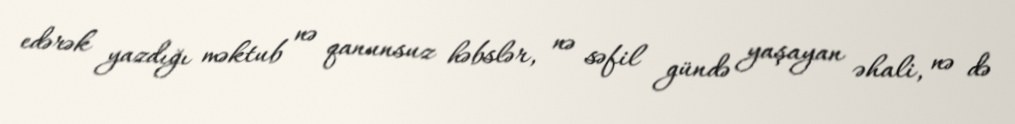
edərək yazdığı məktub nə qanunsuz həbslər, nə səfil gündə yaşayan əhali, nə də